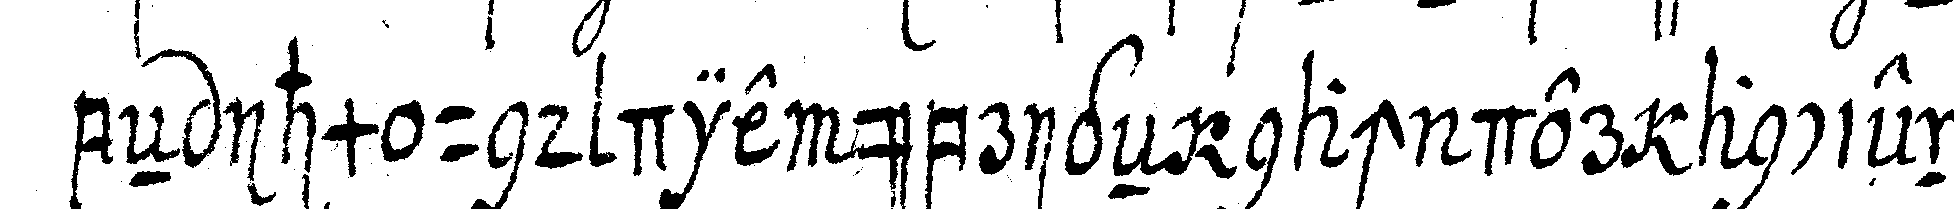
beN ihm und die übrigeN nach der ancienni